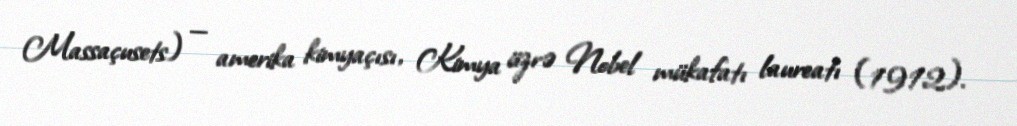
Massaçusets) — amerika kimyaçısı, Kimya üzrə Nobel mükafatı laureatı (1912).